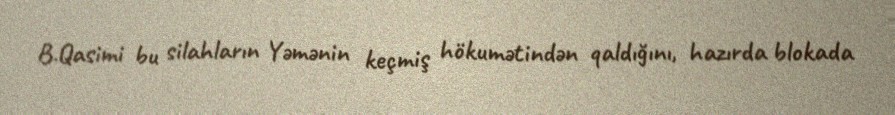
B.Qasimi bu silahların Yəmənin keçmiş hökumətindən qaldığını, hazırda blokada